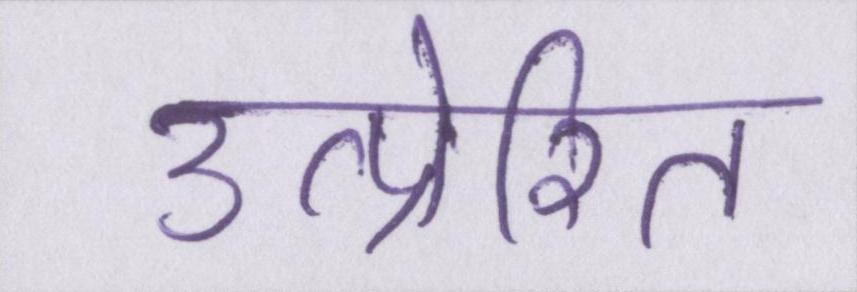
उत्प्रेरित